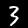
Label: 3